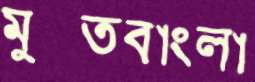
মুক্তবাংলা